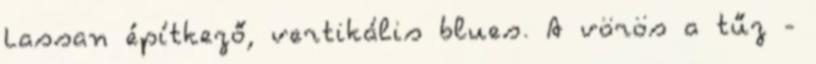
Lassan építkező, vertikális blues. A vörös a tűz -